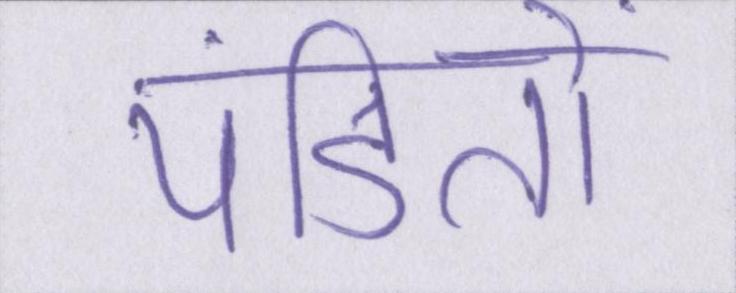
पंडितों